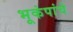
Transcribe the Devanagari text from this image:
भूकंपांचे